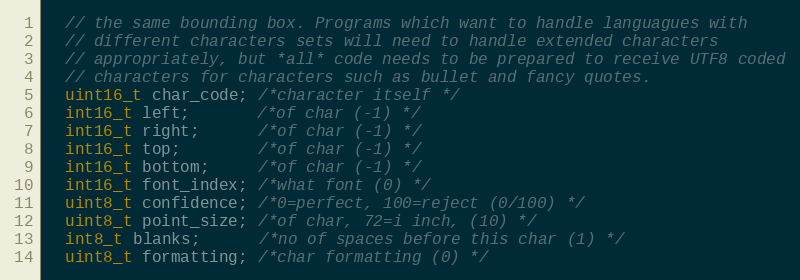
Language: C
  // the same bounding box. Programs which want to handle languagues with
  // different characters sets will need to handle extended characters
  // appropriately, but *all* code needs to be prepared to receive UTF8 coded
  // characters for characters such as bullet and fancy quotes.
  uint16_t char_code; /*character itself */
  int16_t left;       /*of char (-1) */
  int16_t right;      /*of char (-1) */
  int16_t top;        /*of char (-1) */
  int16_t bottom;     /*of char (-1) */
  int16_t font_index; /*what font (0) */
  uint8_t confidence; /*0=perfect, 100=reject (0/100) */
  uint8_t point_size; /*of char, 72=i inch, (10) */
  int8_t blanks;      /*no of spaces before this char (1) */
  uint8_t formatting; /*char formatting (0) */